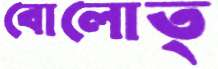
বোলোত্